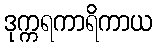
ဒုက္ကရကာရိကာယ